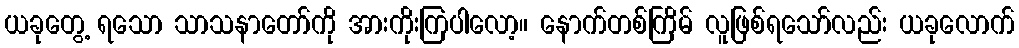
ယခုတွေ့ ရသော သာသနာတော်ကို အားကိုးကြပါလော့။ နောက်တစ်ကြိမ် လူဖြစ်ရသော်လည်း ယခုလောက်